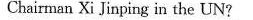
Chairman Xi Jinping in the UN?